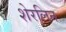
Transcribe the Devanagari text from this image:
शेरलिन